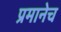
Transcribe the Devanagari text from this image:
प्रमानेच